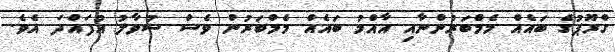
ގްރޫޕުގެ ބައެއް މެމްބަރުންނާއި އާއްމު ބައެއް މެމްބަރުން ވެސް ސުވާލު އުފައްދަ އެވެ.